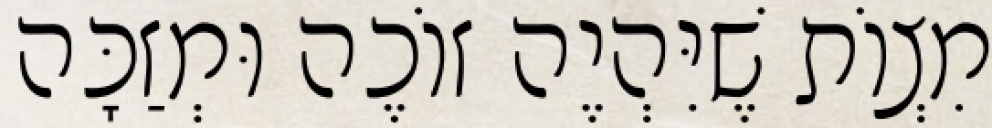
מִצְוֹת שֶׁיִּהְיֶה זוֹכֶה וּמְזַכָּה